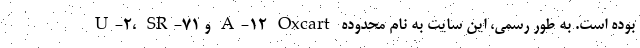
U-2، SR-71 و A-12 Oxcart بوده است. به طور رسمی، این سایت به نام محدوده